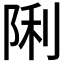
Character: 𮥉